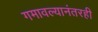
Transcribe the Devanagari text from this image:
गमावल्यानंतरही